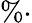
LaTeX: \% \cdot